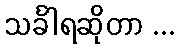
သင်္ခါရဆိုတာ ...